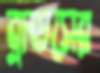
ব্রাডসের